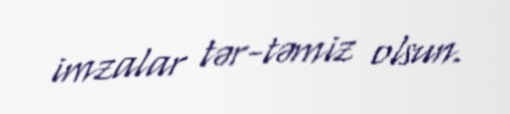
imzalar tər-təmiz olsun.